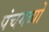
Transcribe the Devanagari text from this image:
पंचगव्यों